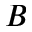
B